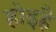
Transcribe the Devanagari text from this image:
होइहै